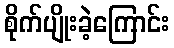
စိုက်ပျိုးခဲ့ကြောင်း